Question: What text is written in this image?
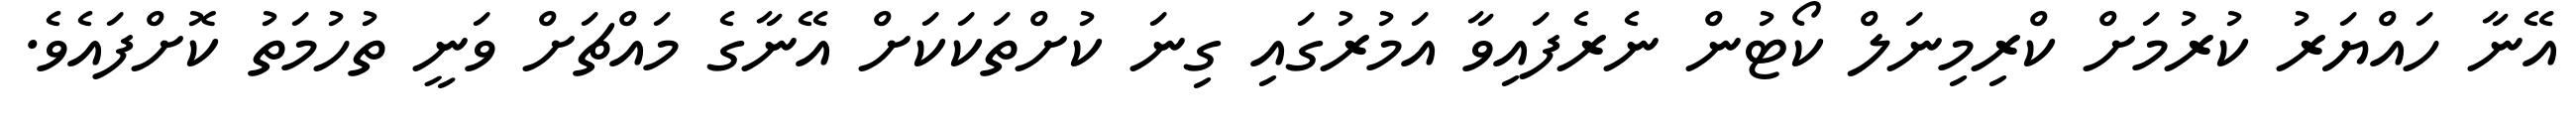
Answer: އޭނާ ހައްޔަރު ކުރުމަށް ކްރިމިނަލް ކޯޓުން ނެރެފައިވާ އަމުރުގައި ގިނަ ކުށްތަކަކަށް އޭނާގެ މައްޗަށް ވަނީ ތުހުމަތު ކޮށްފައެވެ.